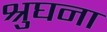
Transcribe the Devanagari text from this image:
श्रुघना